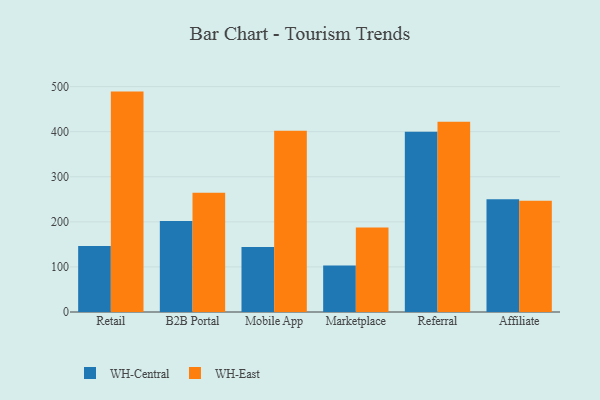
{"axis": {"x": "Channel", "y": "Gross Profit (USD K)"}, "legend": ["WH-Central", "WH-East"], "data": [{"x": "Retail", "y": 146.4, "type": "WH-Central"}, {"x": "Retail", "y": 488.9, "type": "WH-East"}, {"x": "B2B Portal", "y": 201.7, "type": "WH-Central"}, {"x": "B2B Portal", "y": 264.5, "type": "WH-East"}, {"x": "Mobile App", "y": 144.3, "type": "WH-Central"}, {"x": "Mobile App", "y": 401.9, "type": "WH-East"}, {"x": "Marketplace", "y": 103.0, "type": "WH-Central"}, {"x": "Marketplace", "y": 187.6, "type": "WH-East"}, {"x": "Referral", "y": 400.1, "type": "WH-Central"}, {"x": "Referral", "y": 422.2, "type": "WH-East"}, {"x": "Affiliate", "y": 250.3, "type": "WH-Central"}, {"x": "Affiliate", "y": 246.6, "type": "WH-East"}]}